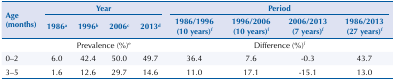
<table><thead><tr><td rowspan="3"><b>Age (months)</b></td><td colspan="4"><b>Year</b></td><td colspan="4"><b>Period</b></td></tr><tr><td><b>1986<sup>a</sup></b></td><td><b>1996<sup>b</sup></b></td><td><b>2006<sup>c</sup></b></td><td><b>2013<sup>d</sup></b></td><td><b> 1986/1996 (10 years)<sup>f</sup></b></td><td><b> 1996/2006 (10 years)<sup>f</sup></b></td><td><b> 2006/2013 (7 years)<sup>f</sup></b></td><td><b> 1986/2013 (27 years)<sup>f</sup></b></td></tr></thead><tbody><tr><td> </td><td colspan="4">Prevalence (%)<sup>e</sup></td><td colspan="4">Difference (%)<sup>f</sup></td></tr><tr><td>0–2</td><td>6.0</td><td>42.4</td><td>50.0</td><td>49.7</td><td>36.4</td><td>7.6</td><td>-0.3</td><td>43.7</td></tr><tr><td>3–5</td><td>1.6</td><td>12.6</td><td>29.7</td><td>14.6</td><td>11.0</td><td>17.1</td><td>-15.1</td><td>13.0</td></tr></tbody></table>